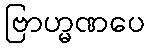
ဗြာဟ္မဏပေ